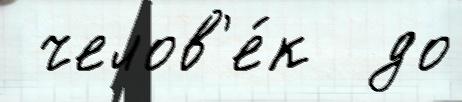
 челов'е́к  до